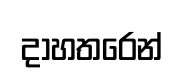
දාහතරෙන්